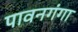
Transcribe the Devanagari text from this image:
पावनगंगा